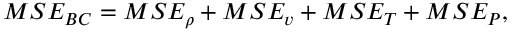
\begin{array} { r } { M S E _ { B C } = M S E _ { \rho } + M S E _ { v } + M S E _ { T } + M S E _ { P } , } \end{array}